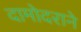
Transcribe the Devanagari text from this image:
दामोदराने